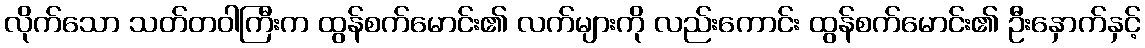
လိုက်သော သတ်တဝါကြီးက ထွန်စက်မောင်း၏ လက်များကို လည်းကောင်း ထွန်စက်မောင်း၏ ဦးနှောက်နှင့်